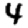
Digit: 4